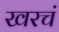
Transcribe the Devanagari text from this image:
खरचं